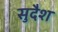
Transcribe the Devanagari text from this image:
सुदैश